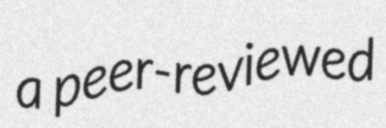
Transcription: a peer-reviewed